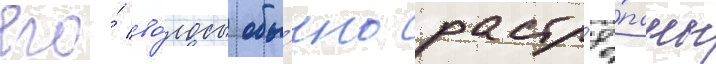
его́ во́лосы обы́чно растр'ё́паны